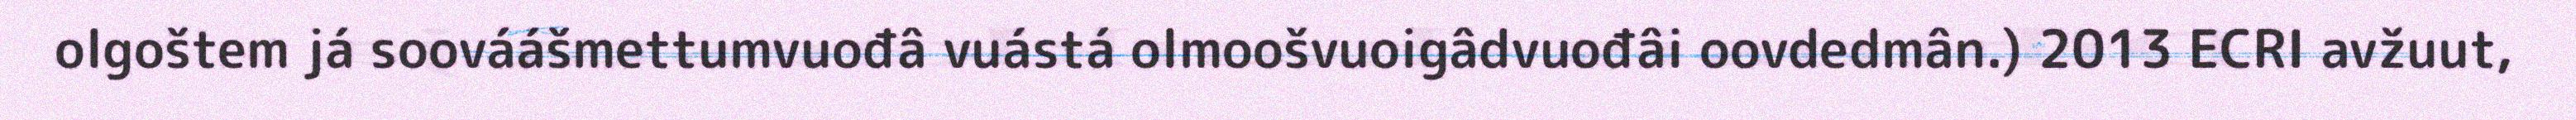
olgoštem já soováášmettumvuođâ vuástá olmoošvuoigâdvuođâi oovdedmân.) 2013 ECRI avžuut,